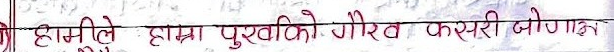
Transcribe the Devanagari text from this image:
हामिले हाम्रा पुर्खाको गौरव कसरी जोगाउला?